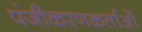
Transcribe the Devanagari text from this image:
पंजीकरणकर्ताओं